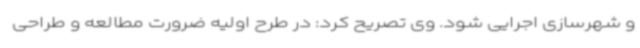
و شهرسازی اجرایی شود. وی تصریح کرد: در طرح اولیه‌ ضرورت مطالعه و طراحی